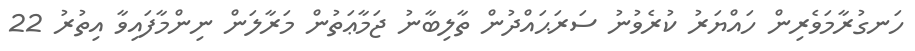
ހަނގުރާމަވެރިން ހައްޔަރު ކުރެވުނު ސަރަޙައްދުން ތާލިބާނު ޖަމާޢަތުން މަރާލަން ނިންމާފައިވާ އިތުރު 22